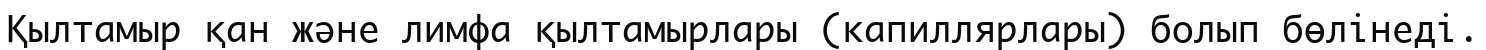
Қылтамыр қан және лимфа қылтамырлары (капиллярлары) болып бөлінеді.